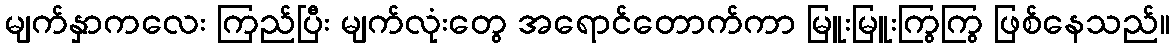
မျက်နှာကလေး ကြည်ပြီး မျက်လုံးတွေ အရောင်တောက်ကာ မြူးမြူးကြွကြွ ဖြစ်နေသည်။